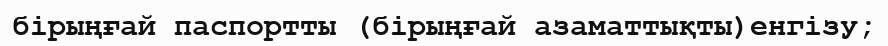
бірыңғай паспортты (бірыңғай азаматтықты)енгізу;